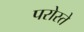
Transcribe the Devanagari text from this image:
परोस्ते